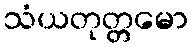
သံယတုတ္တမော